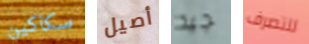
سكاكين أصيل جيد للتصرف